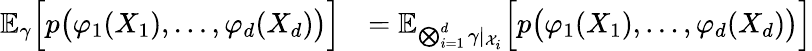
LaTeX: \begin{array}{rl}{\mathbb{E}_{\gamma}\Big[p\big(\varphi_{1}(X_{1}),\dots,\varphi_{d}(X_{d})\big)\Big]}&{=\mathbb{E}_{\bigotimes_{i=1}^{d}\gamma\vert_{\mathcal{X}_{i}}}\Big[p\big(\varphi_{1}(X_{1}),\dots,\varphi_{d}(X_{d})\big)\Big]}\end{array}